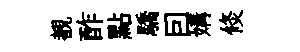
覩酢點驕囙媾倐